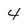
Character: 4